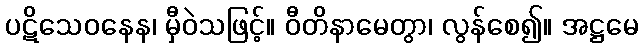
ပဋိသေဝနေန၊ မှီဝဲသဖြင့်။ ဝီတိနာမေတွာ၊ လွန်စေ၍။ အဋ္ဌမေ